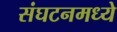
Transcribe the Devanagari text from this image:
संघटनमध्ये